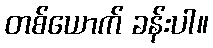
တစ်ယောက် ခန်းပါ။